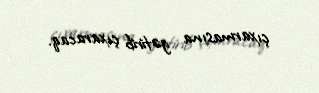
çıxarmasına gətirib çıxaracaq.